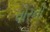
વોરની